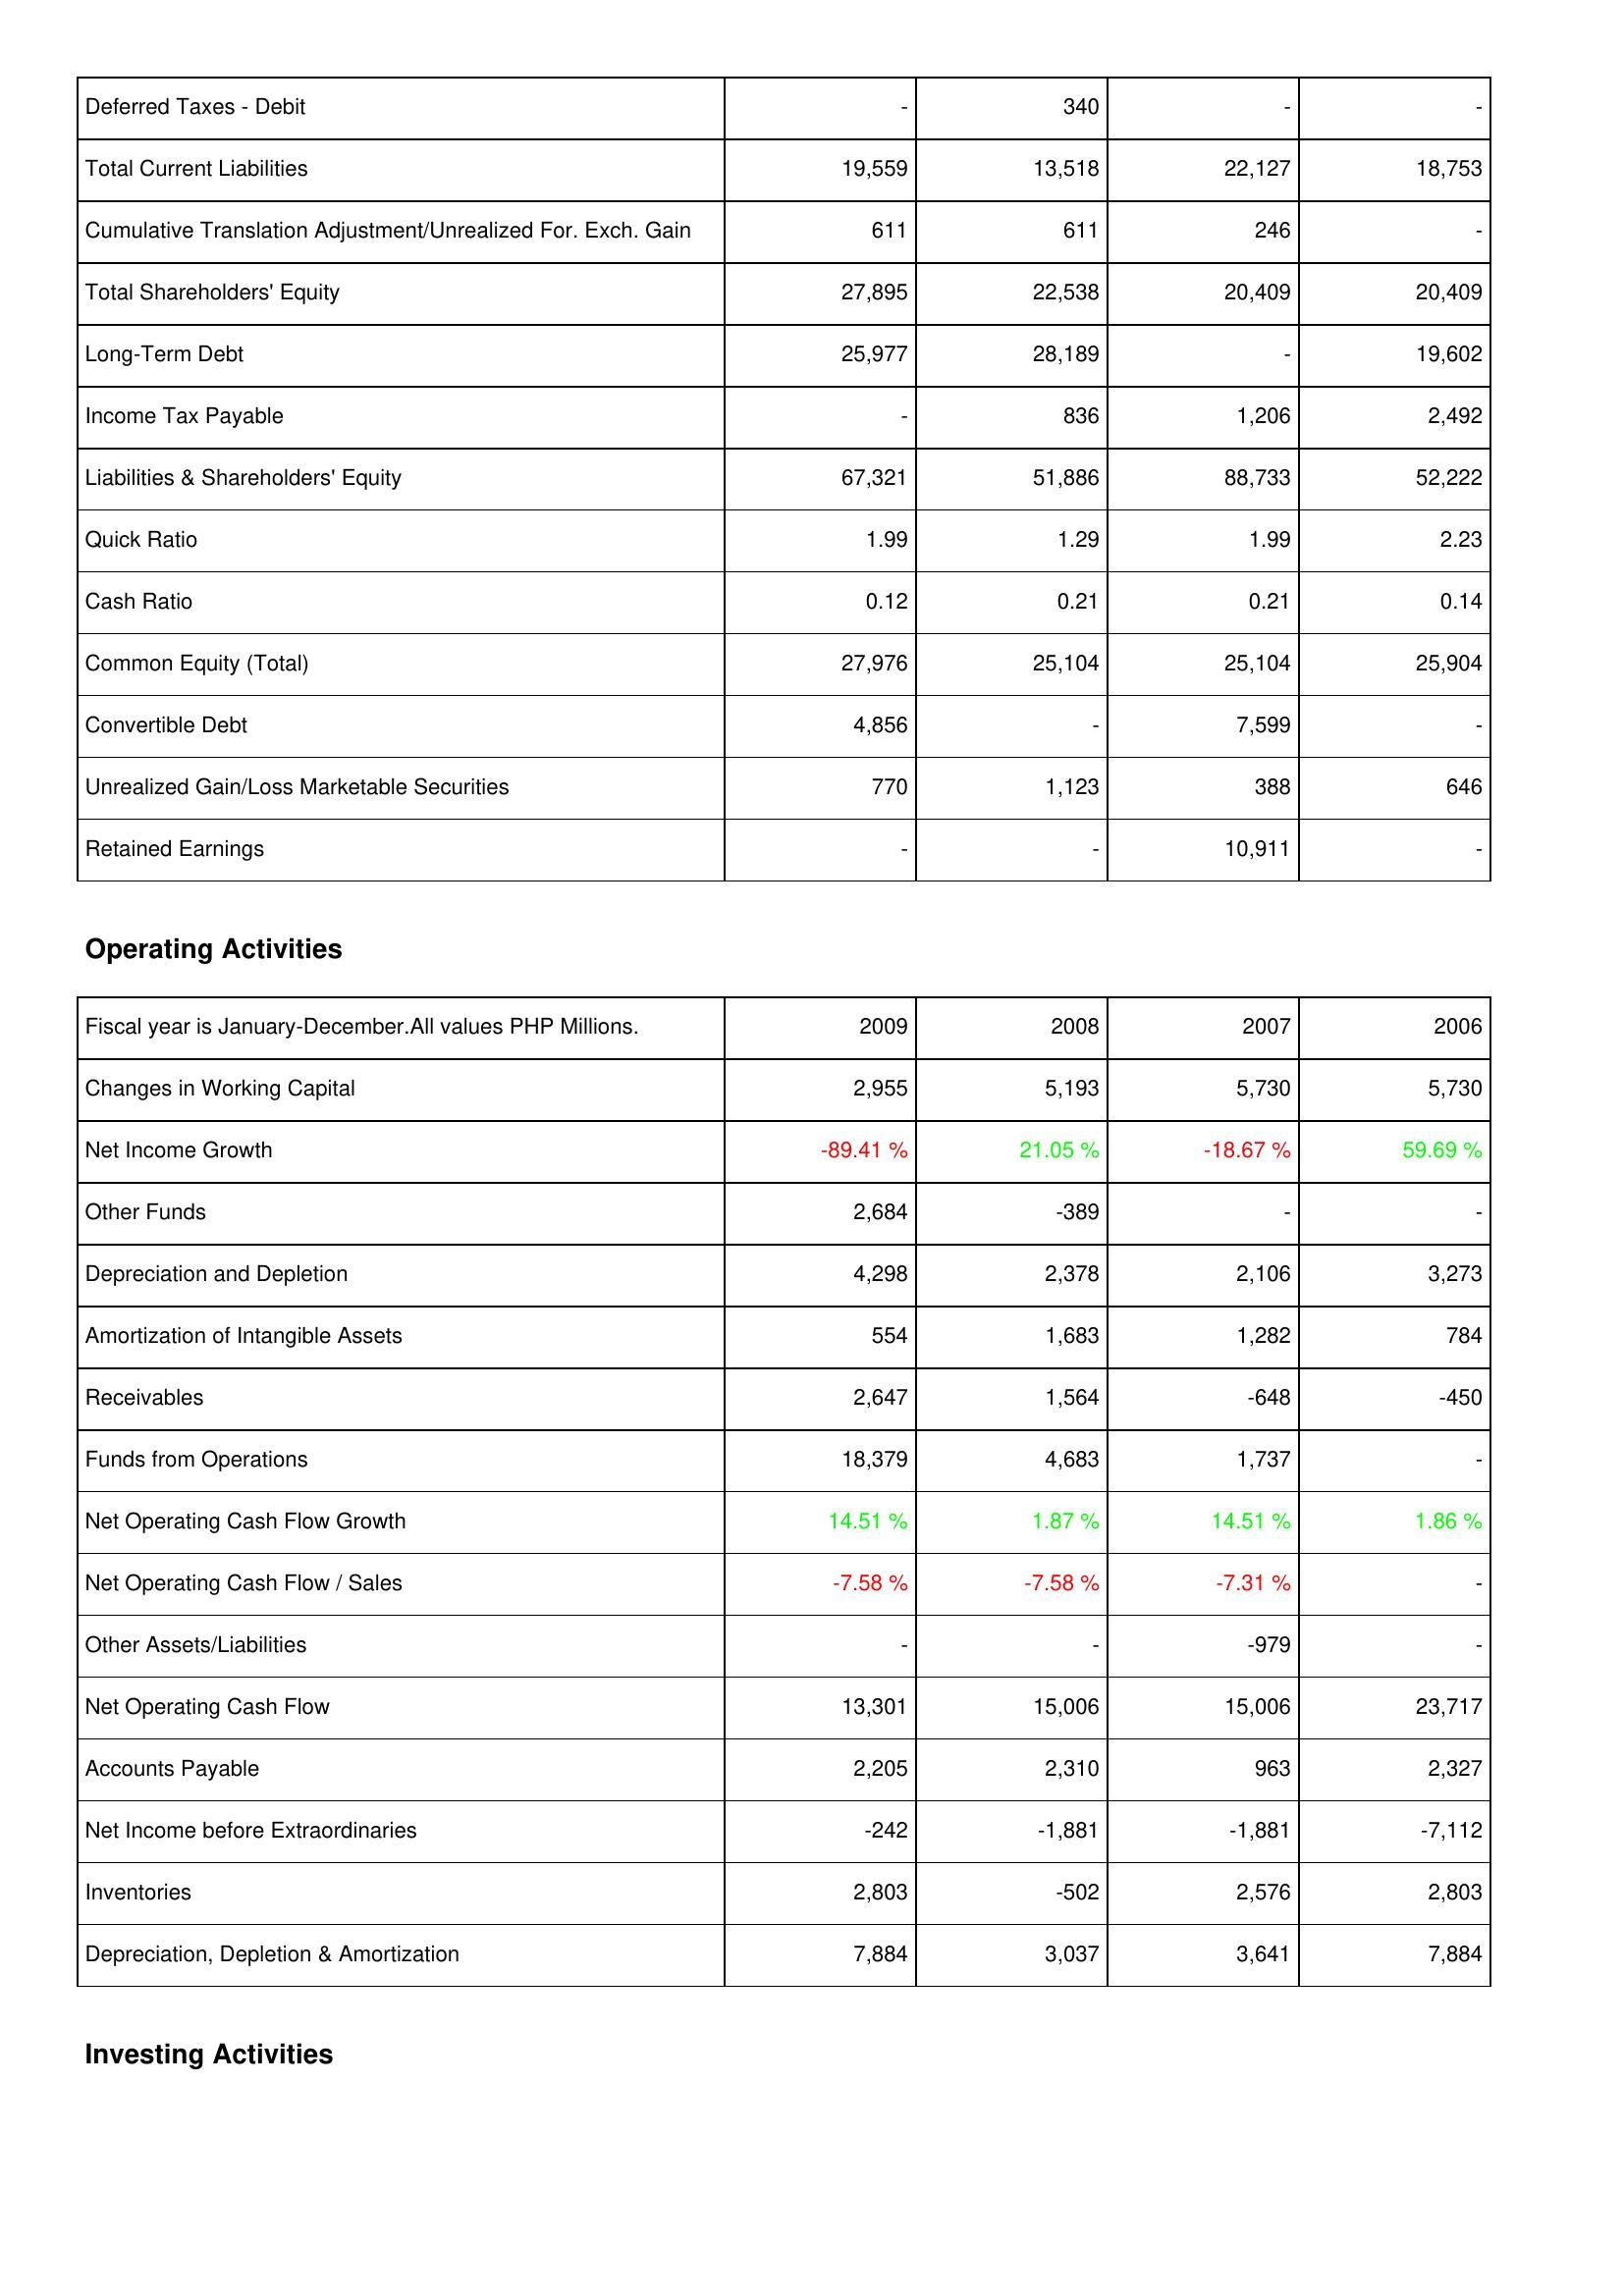
2009: Liabilities & Shareholders' Equity: Deferred Taxes - Debit: -
Total Current Liabilities: 19,559
Cumulative Translation Adjustment/Unrealized For. Exch. Gain: 611
Total Shareholders' Equity: 27,895
Long-Term Debt: 25,977
Income Tax Payable: -
Liabilities & Shareholders' Equity: 67,321
Quick Ratio: 1.99
Cash Ratio: 0.12
Common Equity (Total): 27,976
Convertible Debt: 4,856
Unrealized Gain/Loss Marketable Securities: 770
Retained Earnings: -
Operating Activities: Changes in Working Capital: 2,955
Net Income Growth: -89.41 %
Other Funds: 2,684
Depreciation and Depletion: 4,298
Amortization of Intangible Assets: 554
Receivables: 2,647
Funds from Operations: 18,379
Net Operating Cash Flow Growth: 14.51 %
Net Operating Cash Flow / Sales: -7.58 %
Other Assets/Liabilities: -
Net Operating Cash Flow: 13,301
Accounts Payable: 2,205
Net Income before Extraordinaries: -242
Inventories: 2,803
Depreciation, Depletion & Amortization: 7,884
2008: Liabilities & Shareholders' Equity: Deferred Taxes - Debit: 340
Total Current Liabilities: 13,518
Cumulative Translation Adjustment/Unrealized For. Exch. Gain: 611
Total Shareholders' Equity: 22,538
Long-Term Debt: 28,189
Income Tax Payable: 836
Liabilities & Shareholders' Equity: 51,886
Quick Ratio: 1.29
Cash Ratio: 0.21
Common Equity (Total): 25,104
Convertible Debt: -
Unrealized Gain/Loss Marketable Securities: 1,123
Retained Earnings: -
Operating Activities: Changes in Working Capital: 5,193
Net Income Growth: 21.05 %
Other Funds: -389
Depreciation and Depletion: 2,378
Amortization of Intangible Assets: 1,683
Receivables: 1,564
Funds from Operations: 4,683
Net Operating Cash Flow Growth: 1.87 %
Net Operating Cash Flow / Sales: -7.58 %
Other Assets/Liabilities: -
Net Operating Cash Flow: 15,006
Accounts Payable: 2,310
Net Income before Extraordinaries: -1,881
Inventories: -502
Depreciation, Depletion & Amortization: 3,037
2007: Liabilities & Shareholders' Equity: Deferred Taxes - Debit: -
Total Current Liabilities: 22,127
Cumulative Translation Adjustment/Unrealized For. Exch. Gain: 246
Total Shareholders' Equity: 20,409
Long-Term Debt: -
Income Tax Payable: 1,206
Liabilities & Shareholders' Equity: 88,733
Quick Ratio: 1.99
Cash Ratio: 0.21
Common Equity (Total): 25,104
Convertible Debt: 7,599
Unrealized Gain/Loss Marketable Securities: 388
Retained Earnings: 10,911
Operating Activities: Changes in Working Capital: 5,730
Net Income Growth: -18.67 %
Other Funds: -
Depreciation and Depletion: 2,106
Amortization of Intangible Assets: 1,282
Receivables: -648
Funds from Operations: 1,737
Net Operating Cash Flow Growth: 14.51 %
Net Operating Cash Flow / Sales: -7.31 %
Other Assets/Liabilities: -979
Net Operating Cash Flow: 15,006
Accounts Payable: 963
Net Income before Extraordinaries: -1,881
Inventories: 2,576
Depreciation, Depletion & Amortization: 3,641
2006: Liabilities & Shareholders' Equity: Deferred Taxes - Debit: -
Total Current Liabilities: 18,753
Cumulative Translation Adjustment/Unrealized For. Exch. Gain: -
Total Shareholders' Equity: 20,409
Long-Term Debt: 19,602
Income Tax Payable: 2,492
Liabilities & Shareholders' Equity: 52,222
Quick Ratio: 2.23
Cash Ratio: 0.14
Common Equity (Total): 25,904
Convertible Debt: -
Unrealized Gain/Loss Marketable Securities: 646
Retained Earnings: -
Operating Activities: Changes in Working Capital: 5,730
Net Income Growth: 59.69 %
Other Funds: -
Depreciation and Depletion: 3,273
Amortization of Intangible Assets: 784
Receivables: -450
Funds from Operations: -
Net Operating Cash Flow Growth: 1.86 %
Net Operating Cash Flow / Sales: -
Other Assets/Liabilities: -
Net Operating Cash Flow: 23,717
Accounts Payable: 2,327
Net Income before Extraordinaries: -7,112
Inventories: 2,803
Depreciation, Depletion & Amortization: 7,884